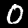
Digit: 0